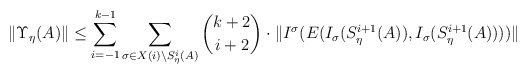
\begin{align*} \|\Upsilon_\eta(A)\| \leq \sum_{i=-1}^{k-1} \sum_{\sigma \in X(i) \setminus S_\eta^i(A)} {k+2 \choose i+2} \cdot \|I^\sigma(E(I_\sigma(S_\eta^{i+1}(A)),I_\sigma(S_\eta^{i+1}(A))))\|\end{align*}